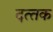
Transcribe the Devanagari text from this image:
दत्‍तक